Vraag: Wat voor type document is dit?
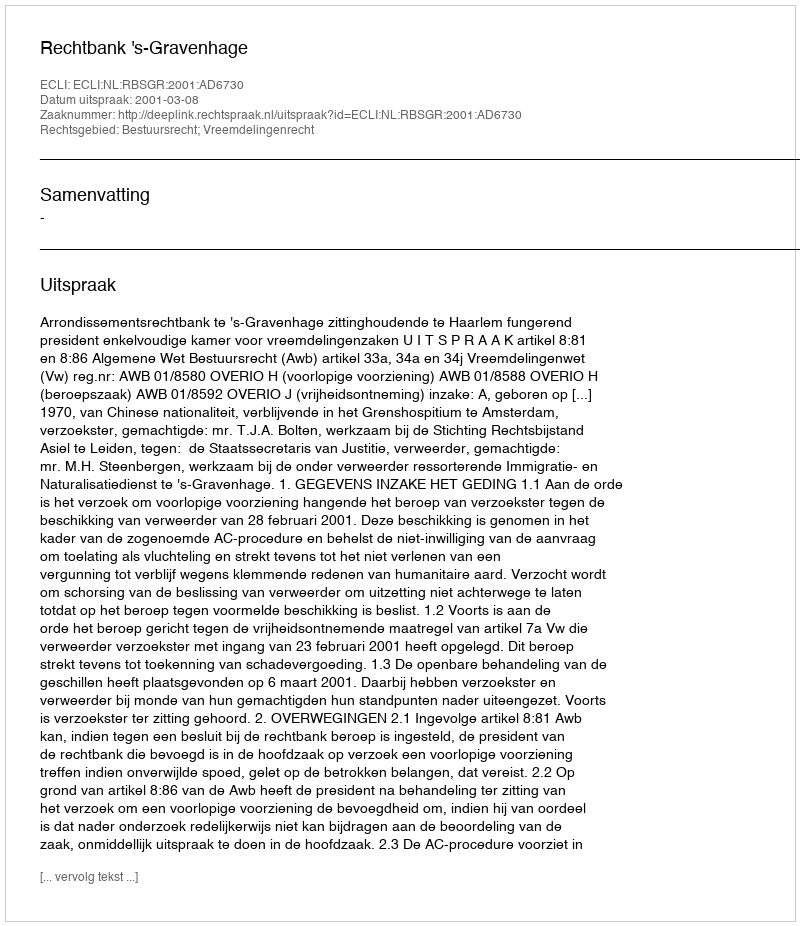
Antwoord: Uitspraak